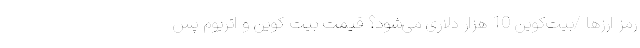
رمز ارزها /بیت‌کوین 10 هزار دلاری می‌شود؟ قیمت بیت کوین و اتریوم پس